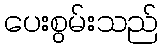
ပေးစွမ်းသည်